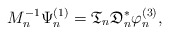
\begin{align*} M_n^{-1} \Psi^{(1)}_n = \mathfrak{T}_n \mathfrak{D}^*_n \varphi_n^{(3)} , \end{align*}